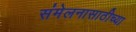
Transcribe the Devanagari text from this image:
संमेलनासाठीच्या